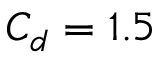
C _ { d } = 1 . 5